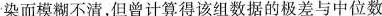
染而模糊不清，但曾计算得该组数据的极差与中位数